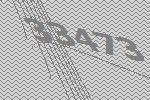
33473